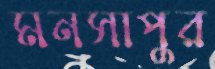
মনসাপুর